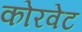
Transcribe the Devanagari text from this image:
कोरवेट